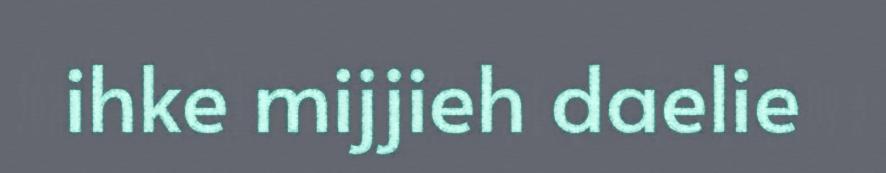
ihke mijjieh daelie